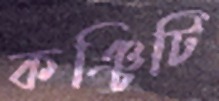
কঞ্চিটি